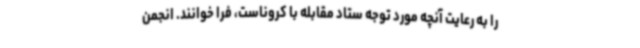
را به رعایت آنچه ‌مورد توجه ستاد مقابله با کروناست، فرا خوانند. انجمن